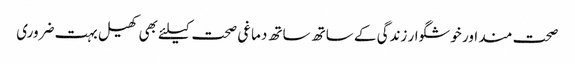
صحت مند اور خوشگوار زندگی کے ساتھ ساتھ دماغی صحت کیلئے بھی کھیل بہت ضروری